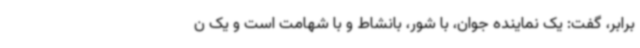
برابر، گفت: یک نماینده جوان، با شور، بانشاط و با شهامت است و یک ن